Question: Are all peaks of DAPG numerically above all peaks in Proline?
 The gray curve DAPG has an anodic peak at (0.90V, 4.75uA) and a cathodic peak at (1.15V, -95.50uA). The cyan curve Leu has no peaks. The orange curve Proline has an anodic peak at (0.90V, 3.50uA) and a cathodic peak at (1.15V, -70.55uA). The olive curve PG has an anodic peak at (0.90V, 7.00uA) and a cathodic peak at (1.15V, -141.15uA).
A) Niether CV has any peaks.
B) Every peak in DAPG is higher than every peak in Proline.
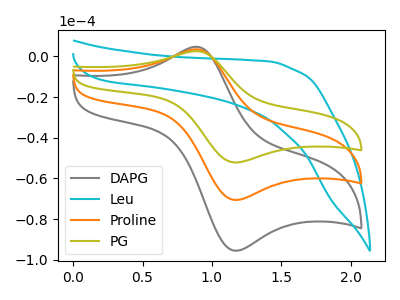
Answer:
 <answer>B) Every peak in "DAPG" is higher than every peak in "Proline".</answer>
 <eval>B</eval>